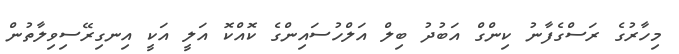
މިހާރުގެ ރަސްގެފާނު ކިންގް އަބުދު ބިލް އަލްހުސައިންގެ ކޮއްކޮ އަލީ އަކީ އިނގިރޭސިވިލާތުން